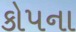
કોપના